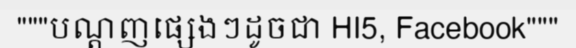
"""បណ្តញផ្សេងៗដូចជា HI5, Facebook"""